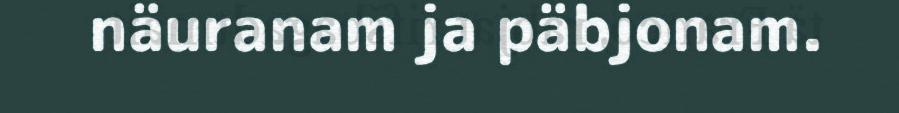
näuranam ja päbjonam.